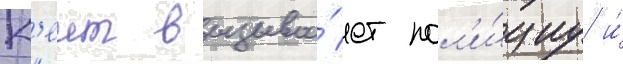
К'еит вызыва́ет пол'и́циу и́